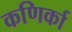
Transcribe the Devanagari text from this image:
कणिर्का